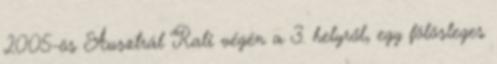
2005-ös Ausztrál Rali végén a 3. helyről, egy fölösleges